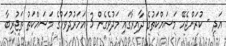
އަދި - ކުރަންޖެހޭ މަސައްކަތުގެ ދާއިރާގައި މަދުވެގެން 3 އަހަރުދުވަހުގެ މަސައްކަތު ތަޖުރިބާ